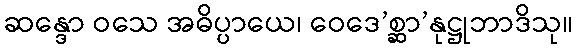
ဆန္ဒော ဝသေ အဓိပ္ပာယေ၊ ဝေဒေ’စ္ဆာ’နုဋ္ဌုဘာဒိသု။